Calcutta medical institutions reports 1871-78
Year: 1871
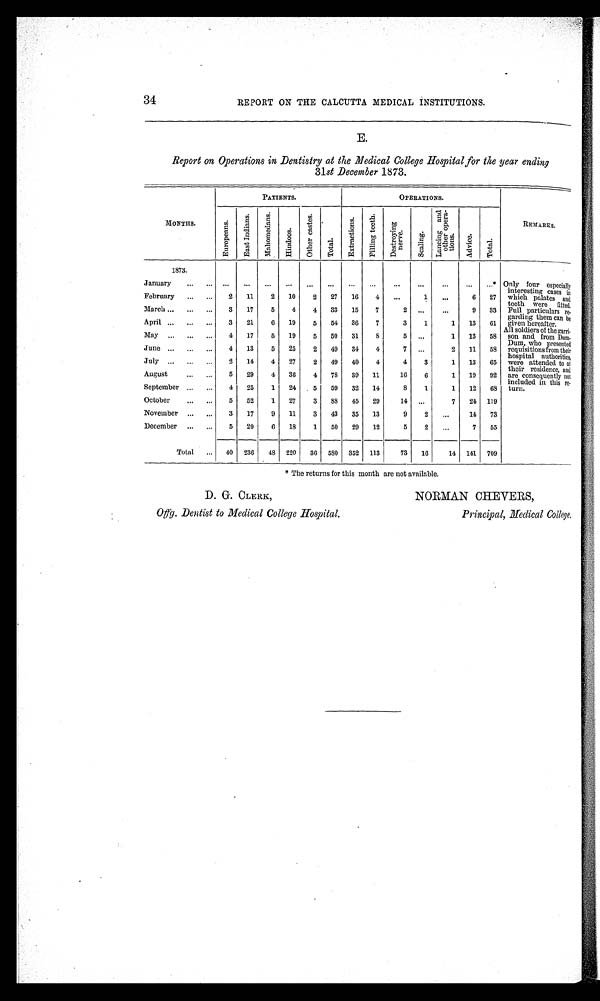
34
REPORT ON THE CALCUTTA MEDICAL INSTITUTIONS.
E.
Report on Operations in Dentistry at the Medical College Hospital for tke year ending
31st December 1873.
MONTHS.
PATIENTS.
OPERATIONS.
REMARKS.
E u r o p e a n s .
E a s t I n d i a n s . M a h o m e d a n s .
Hi n d o o s .
Other castes.
To t a l .
E x t r a c t i o n s . F i l l i n g t e e t h . D e s t r o y i n g n e r v e .
Scal i ng.
L a n c i n g a n d o t h e r o p e r a -
tions.
A d v i c e . Tot al .
1873.
Only four especially
interesting cases in
which palates and
teeth were fitted.
Full particulars re-
garding them can be
given hereafter.
All soldiers of the garri-
son and from Dum-
Dum, who presented
requisitions from their
hospital authorities,
were attended to at
their residence, and
are consequently not
included in this re-
turn.
January
. . .
. . .
. . .
. . .
. . .
. . .
. . .
. . . ...
...
...
... ...*
February
2 11
2 10
2 27 16
4 ...
1
. . .
6 27
March
3 17
5
4
4 33 15
7
2 ...
...
9 33
April
3 21
6 19
5 54 36
7
3
1
1 13 61
May
4 17
5 19
5 50 31
8
5 ...
1 13 58
June
4 13
5 25
2 49 34
4
7 ...
2 11 58
July
2 14
4 27
2 49 40
4
4
3
1 13 65
August
5 29
4 36
4 78 39 11
16
6
1 19 92
September
4 25
1 24
5 59 32 14
8
1
1 12 68
October
5 52
1 27
3 88 45 29
14 ...
7 24 119
November
3 17
9 11
3 43 35 13
9
2 ...
14 73
December
5 20
6 18
1 50 29 12
5
2 ...
7 55
Total
40 236 48 220 36 580 352 113
73 16
14 141 709
* The returns for this month are not available.
D. G. CLERK,
Offg. Dentist to Medical College Hospital.
NORMAN CHEVERS,
Principal, Medical College.